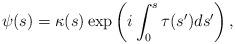
LaTeX: \begin{align*}\psi(s)=\kappa(s)\exp\left(i\int_{0}^s \tau(s')ds'\right),\end{align*}